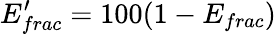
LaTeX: E_{frac}^{\prime}=100(1-E_{frac})